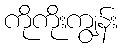
ကိုကိုးကျွန်း